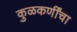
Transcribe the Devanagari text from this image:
कुळकर्णींचा